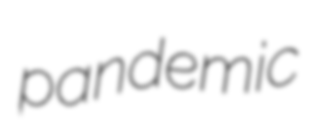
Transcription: pandemic